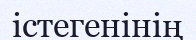
істегенінің